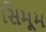
સિમૂમ